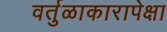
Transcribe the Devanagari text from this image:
वर्तुळाकारापेक्षा